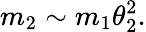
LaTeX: m_{2}\sim m_{1}\theta_{2}^{2}.